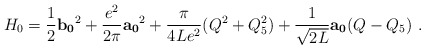
\begin{align*}H_{0}=\frac{1}{2}{\bf b_{0}}^{2}+\frac{e^{2}}{2\pi}{\bf a_{0}}^{2}+\frac{\pi}{4Le^{2}}(Q^{2}+Q_{5}^{2})+\frac{1}{\sqrt{2L}}{\bf a_{0}}(Q-Q_{5}) \ .\end{align*}